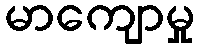
မာကျောမှု